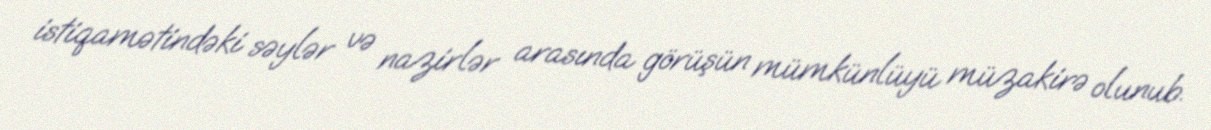
istiqamətindəki səylər və nazirlər arasında görüşün mümkünlüyü müzakirə olunub.